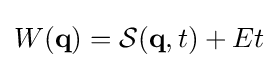
W(\mathbf {q} )={\mathcal {S}}(\mathbf {q} ,t)+Et